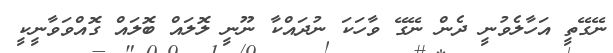
ނޭގޭތީ އަހާލެވުނީ ދެން ނޭގޭ ވާހަކަ ނުދައްކާ ނޫނީ ލޮލައް ބޮލައް ގޮއްވަވާނީކީ